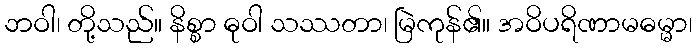
ဘဝါ၊ တို့သည်။ နိစ္စာ ဓုဝါ သဿတာ၊ မြဲကုန်၏။ အဝိပရိဏာမဓမ္မာ၊